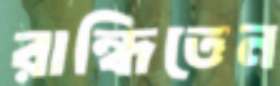
রান্ধিতেন